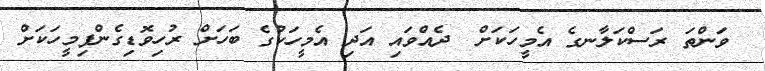
ވަންތަ ރަސްކަލާނގެ އެމީހަކަށް  ދެއްވައި އަދި އެމީހަކުގެ ބަހަށް ރުހިވޮޑިގެންފިމީހަކަށް